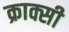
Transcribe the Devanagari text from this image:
क्राक्सी